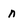
Character: n